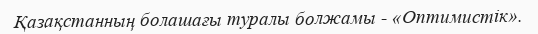
Қазақстанның болашағы туралы болжамы - «Оптимистік».